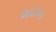
શાદાબ